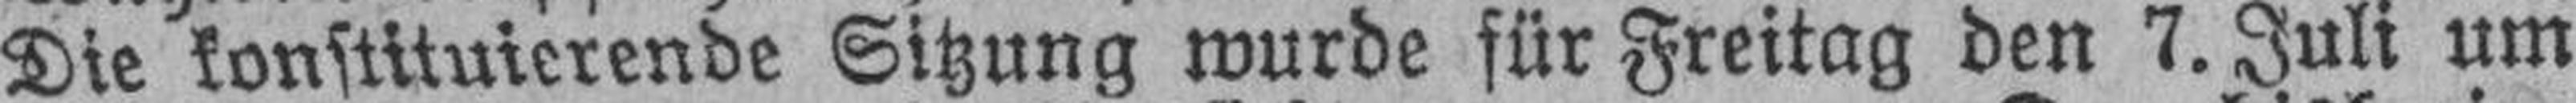
Die konstituierende Sitzung wurde für Freitag den 7. Juli um